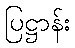
ပြဋ္ဌာန်း